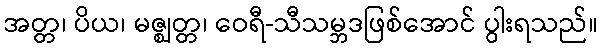
အတ္တ၊ ပိယ၊ မဇ္ဈတ္တ၊ ဝေရီ-သီသမ္ဘဒဖြစ်အောင် ပွါးရသည်။